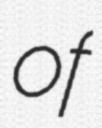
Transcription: of